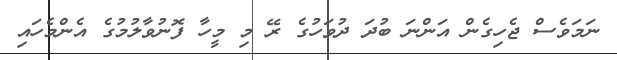
ނަމަވެސް ޖެހިގެން އަންނަ ބުދަ ދުވަހުގެ ރޭ މި މީހާ ފޮނުވާލުމުގެ އެންމެހައި